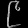
Digit: ၉